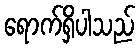
ရောက်ရှိပါသည်